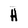
Character: H